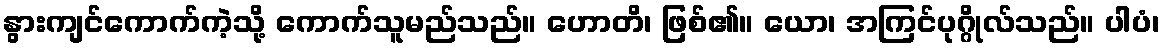
နွားကျင်ကောက်ကဲ့သို့ ကောက်သူမည်သည်။ ဟောတိ၊ ဖြစ်၏။ ယော၊ အကြင်ပုဂ္ဂိုလ်သည်။ ပါပံ၊